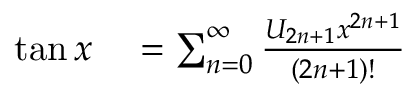
\begin{array} { r l } { \tan x } & { { } { } = \sum _ { n = 0 } ^ { \infty } { \frac { U _ { 2 n + 1 } x ^ { 2 n + 1 } } { ( 2 n + 1 ) ! } } } \end{array}